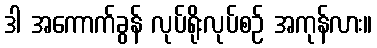
ဒါ အကောက်ခွန် လုပ်ရိုးလုပ်စဉ် အကုန်လား။